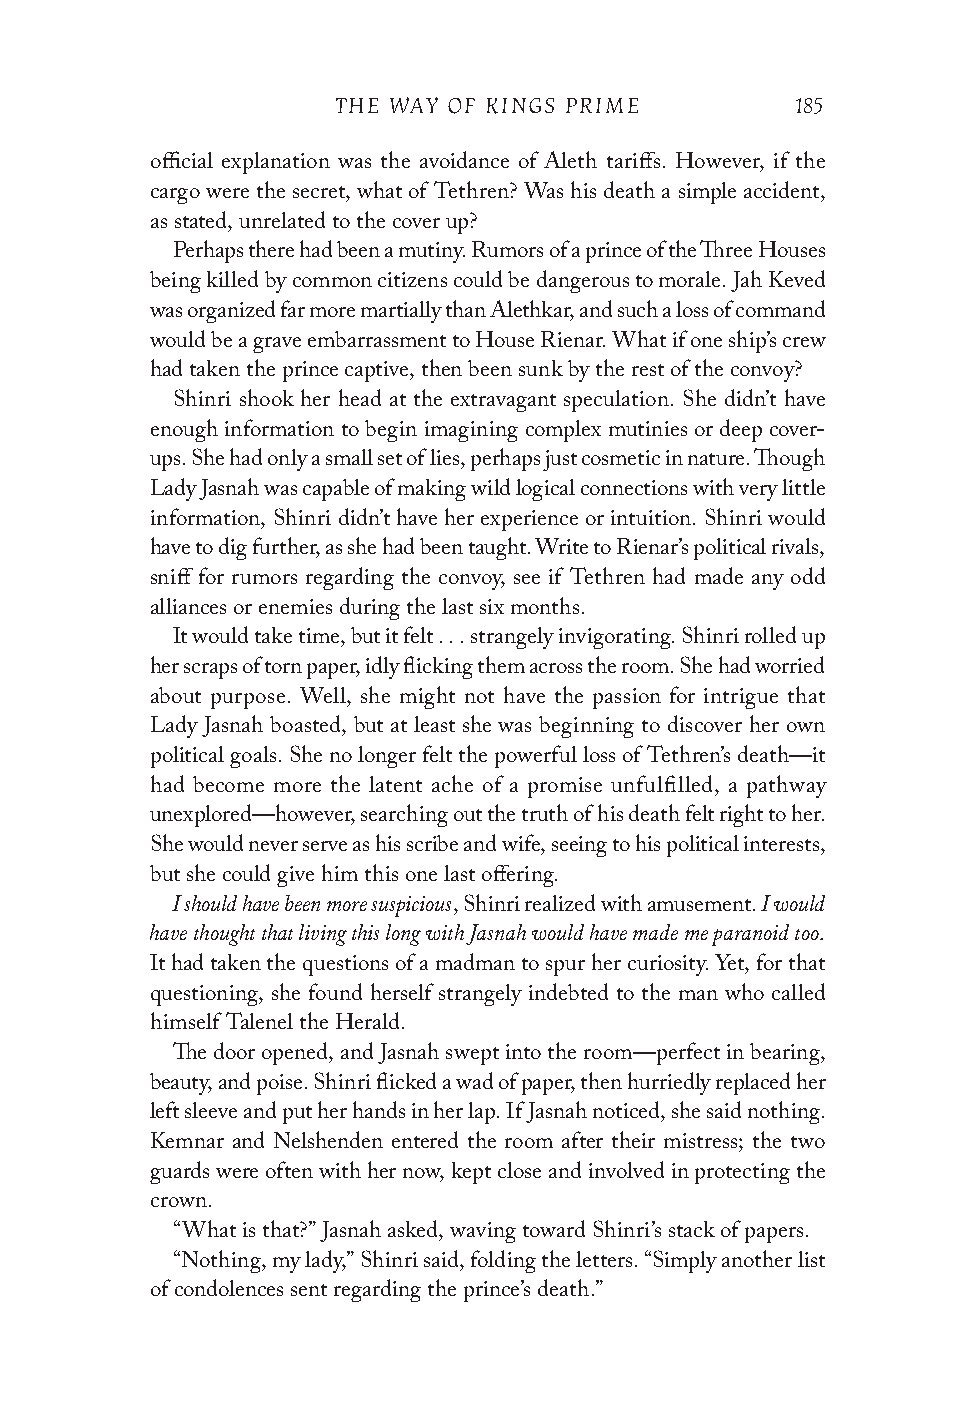
THE WAY OF KINGS PRIME         185
 official explanation was the avoidance of Aleth tariffs. However, if the
 cargo were the secret, what of Tethren? Was his death a simple accident,
 as stated, unrelated to the cover up?
 Perhaps there had been a mutiny. Rumors of a prince of the Three Houses
 being killed by common citizens could be dangerous to morale. Jah Keved
 was organized far more martially than Alethkar, and such a loss of command
 would be a grave embarrassment to House Rienar. What if one ship’s crew
 had taken the prince captive, then been sunk by the rest of the convoy?
 Shinri shook her head at the extravagant speculation. She didn’t have
 enough information to begin imagining complex mutinies or deep cover-
 ups. She had only a small set of lies, perhaps just cosmetic in nature. Though
 Lady Jasnah was capable of making wild logical connections with very little
 information, Shinri didn’t have her experience or intuition. Shinri would
 have to dig further, as she had been taught. Write to Rienar’s political rivals,
 sniff for rumors regarding the convoy, see if Tethren had made any odd
 alliances or enemies during the last six months.
 It would take time, but it felt . . . strangely invigorating. Shinri rolled up
 her scraps of torn paper, idly flicking them across the room. She had worried
 about purpose. Well, she might not have the passion for intrigue that
 Lady Jasnah boasted, but at least she was beginning to discover her own
 political goals. She no longer felt the powerful loss of Tethren’s death—it
 had become more the latent ache of a promise unfulfilled, a pathway
 unexplored—however, searching out the truth of his death felt right to her.
 She would never serve as his scribe and wife, seeing to his political interests,
 but she could give him this one last offering.
 I should have been more suspicious     I would
 , Shinri realized with amusement.
 have thought that living this long with Jasnah would have made me paranoid too.
 It had taken the questions of a madman to spur her curiosity. Yet, for that
 questioning, she found herself strangely indebted to the man who called
 himself Talenel the Herald.
 The door opened, and Jasnah swept into the room—perfect in bearing,
 beauty, and poise. Shinri flicked a wad of paper, then hurriedly replaced her
 left sleeve and put her hands in her lap. If Jasnah noticed, she said nothing.
 Kemnar and Nelshenden entered the room after their mistress; the two
 guards were often with her now, kept close and involved in protecting the
 crown.
 “What is that?” Jasnah asked, waving toward Shinri’s stack of papers.
 “Nothing, my lady,” Shinri said, folding the letters. “Simply another list
 of condolences sent regarding the prince’s death.”